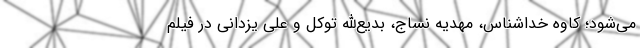
می‌شود؛ کاوه خداشناس، مهدیه نساج، بدیع‌الله توکل و علی یزدانی در فیلم